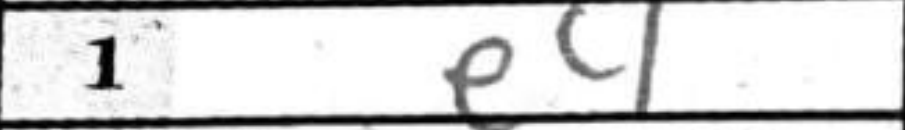
Transcription: e4